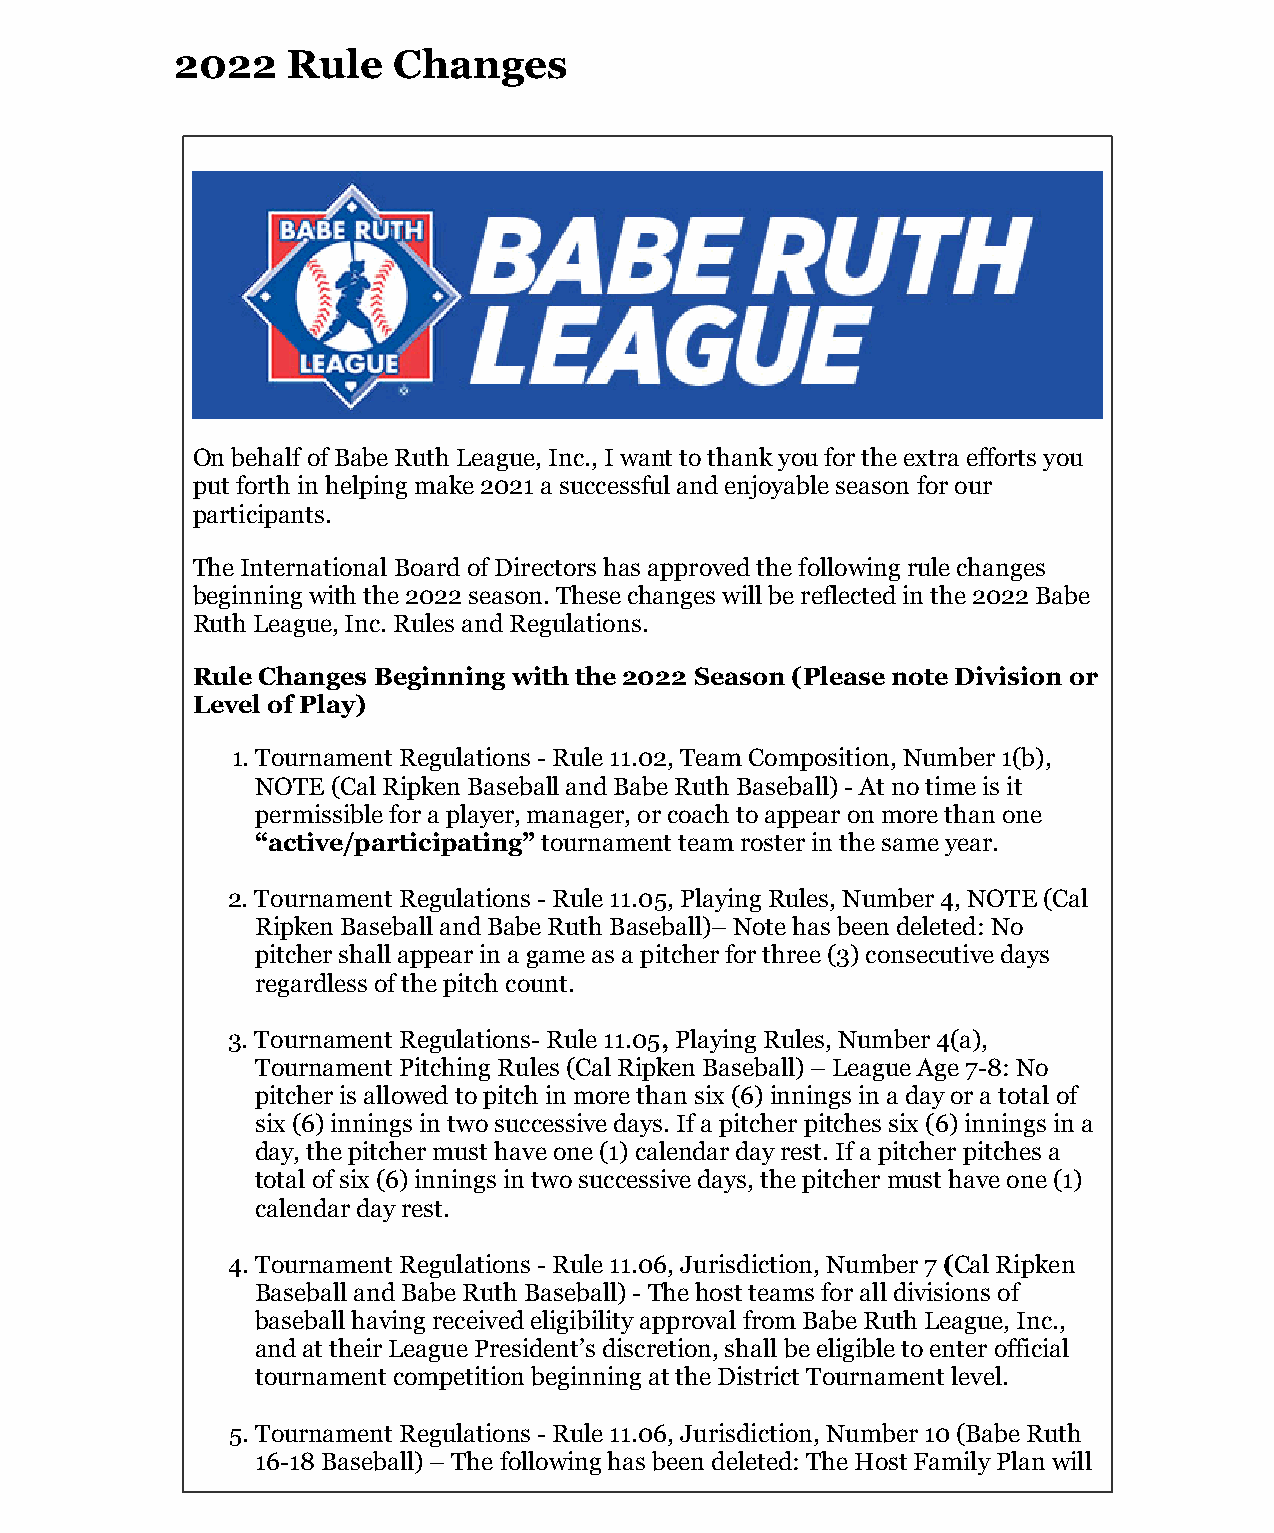
2022 Rule Changes                                      https://mail.aol.com/webmail-std/en-us/PrintMessage
 2022   Rule   Changes
 On behalf of Babe Ruth League, Inc., I want to thank you for the extra efforts you
 put forth in helping make 2021 a successful and enjoyable season for our
 participants.
 The International Board of Directors has approved the following rule changes
 beginning with the 2022 season. These changes will be reflected in the 2022 Babe
 Ruth League, Inc. Rules and Regulations.
 Rule Changes Beginning with the 2022 Season (Please note Division or
 Level of Play)
 1. Tournament Regulations - Rule 11.02, Team Composition, Number 1(b),
 NOTE (Cal Ripken Baseball and Babe Ruth Baseball) - At no time is it
 permissible for a player, manager, or coach to appear on more than one
 “active/participating” tournament team roster in the same year.
 2. Tournament Regulations - Rule 11.05, Playing Rules, Number 4, NOTE (Cal
 Ripken Baseball and Babe Ruth Baseball)– Note has been deleted: No
 pitcher shall appear in a game as a pitcher for three (3) consecutive days
 regardless of the pitch count.
 3. Tournament Regulations- Rule 11.05, Playing Rules, Number 4(a),
 Tournament Pitching Rules (Cal Ripken Baseball) – League Age 7-8: No
 pitcher is allowed to pitch in more than six (6) innings in a day or a total of
 six (6) innings in two successive days. If a pitcher pitches six (6) innings in a
 day, the pitcher must have one (1) calendar day rest. If a pitcher pitches a
 total of six (6) innings in two successive days, the pitcher must have one (1)
 calendar day rest.
 4. Tournament Regulations - Rule 11.06, Jurisdiction, Number 7 (Cal Ripken
 Baseball and Babe Ruth Baseball) - The host teams for all divisions of
 baseball having received eligibility approval from Babe Ruth League, Inc.,
 and at their League President’s discretion, shall be eligible to enter official
 tournament competition beginning at the District Tournament level.
 5. Tournament Regulations - Rule 11.06, Jurisdiction, Number 10 (Babe Ruth
 16-18 Baseball) – The following has been deleted: The Host Family Plan will
 1 of 2                                                                   1/10/2022, 4:54 PM